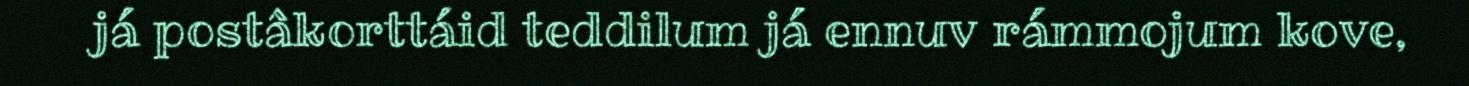
já postâkorttáid teddilum já ennuv rámmojum kove,